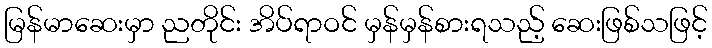
မြန်မာဆေးမှာ ညတိုင်း အိပ်ရာဝင် မှန်မှန်စားရသည့် ဆေးဖြစ်သဖြင့်